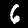
Digit: 6